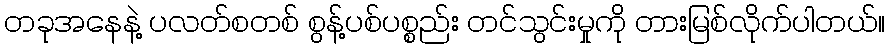
တခုအနေနဲ့ ပလတ်စတစ် စွန့်ပစ်ပစ္စည်း တင်သွင်းမှုကို တားမြစ်လိုက်ပါတယ်။